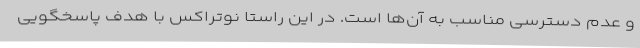
و عدم دسترسی مناسب به آن‌ها است. در این راستا نوتراکس با هدف پاسخگویی